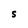
Character: S